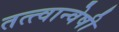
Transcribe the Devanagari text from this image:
तत्त्वान्वेषी